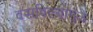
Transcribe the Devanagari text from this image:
वसविल्यामुळे